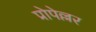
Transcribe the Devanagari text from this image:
प्रोपेल्लर